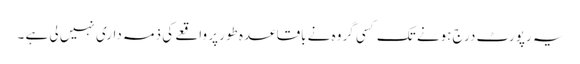
یہ رپورٹ درج ہونے تک کسی گروہ نے باقاعدہ طور پر واقعے کی ذمہ داری نہیں لی ہے ۔